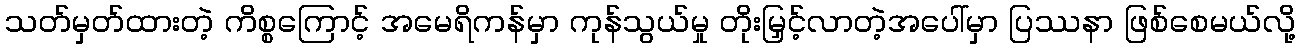
သတ်မှတ်ထားတဲ့ ကိစ္စကြောင့် အမေရိကန်မှာ ကုန်သွယ်မှု တိုးမြှင့်လာတဲ့အပေါ်မှာ ပြဿနာ ဖြစ်စေမယ်လို့